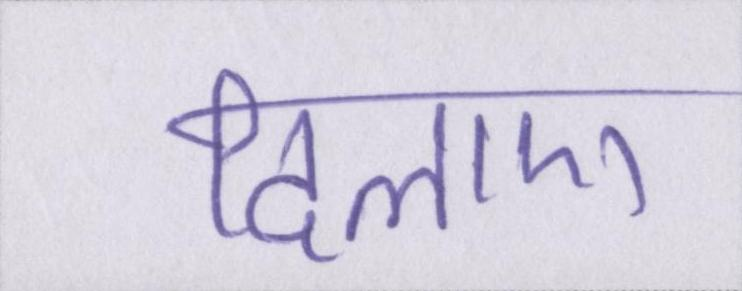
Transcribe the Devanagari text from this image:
दिलाए